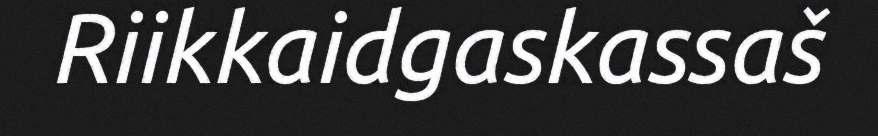
Riikkaidgaskassaš